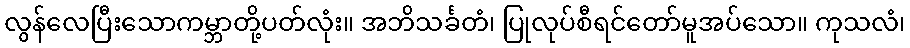
လွန်လေပြီးသောကမ္ဘာတို့ပတ်လုံး။ အဘိသင်္ခတံ၊ ပြုလုပ်စီရင်တော်မူအပ်သော။ ကုသလံ၊